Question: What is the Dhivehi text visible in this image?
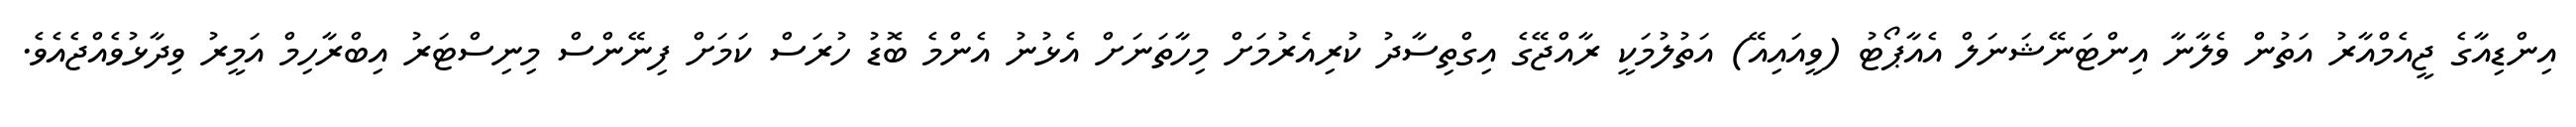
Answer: އިންޑިއާގެ ޖީއެމްއާރު އަތުން ވެލާނާ އިންޓަނޭޝަނަލް އެއާޕޯޓު (ވީއައިއޭ) އަތުލުމަކީ ރާއްޖޭގެ އިގްތިސާދު ކުރިއެރުމަށް މިހާތަނަށް އެޅުނު އެންމެ ބޮޑު ހުރަސް ކަމަށް ފިނޭންސް މިނިސްޓަރު އިބްރާހިމް އަމީރު ވިދާޅުވެއްޖެއެވެ.